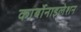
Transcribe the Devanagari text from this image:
कार्बोनाइलेशन